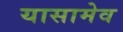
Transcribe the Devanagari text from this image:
यासामेव